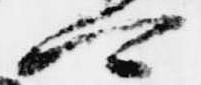
可